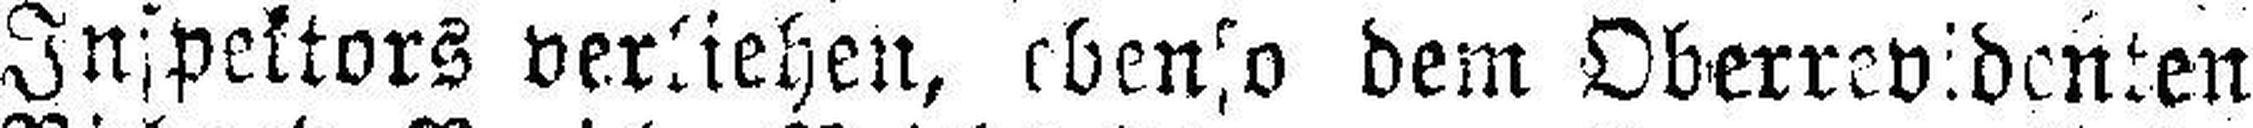
Inspektors verliehen, ebenso dem Oberrevidenten